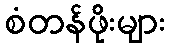
စံတန်ဖိုးများ